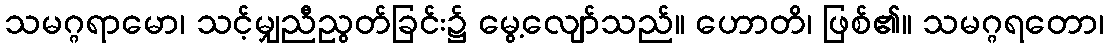
သမဂ္ဂရာမော၊ သင့်မျှညီညွတ်ခြင်း၌ မွေ့လျော်သည်။ ဟောတိ၊ ဖြစ်၏။ သမဂ္ဂရတော၊